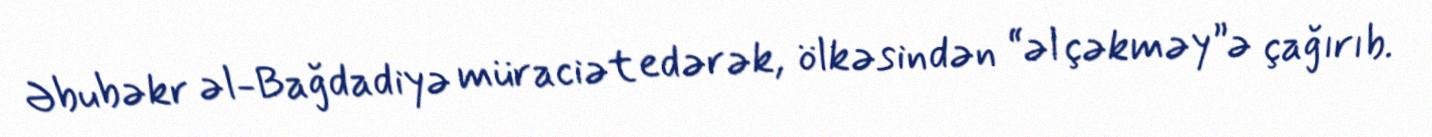
Əbubəkr əl-Bağdadiyə müraciət edərək, ölkəsindən “əl çəkməy”ə çağırıb.